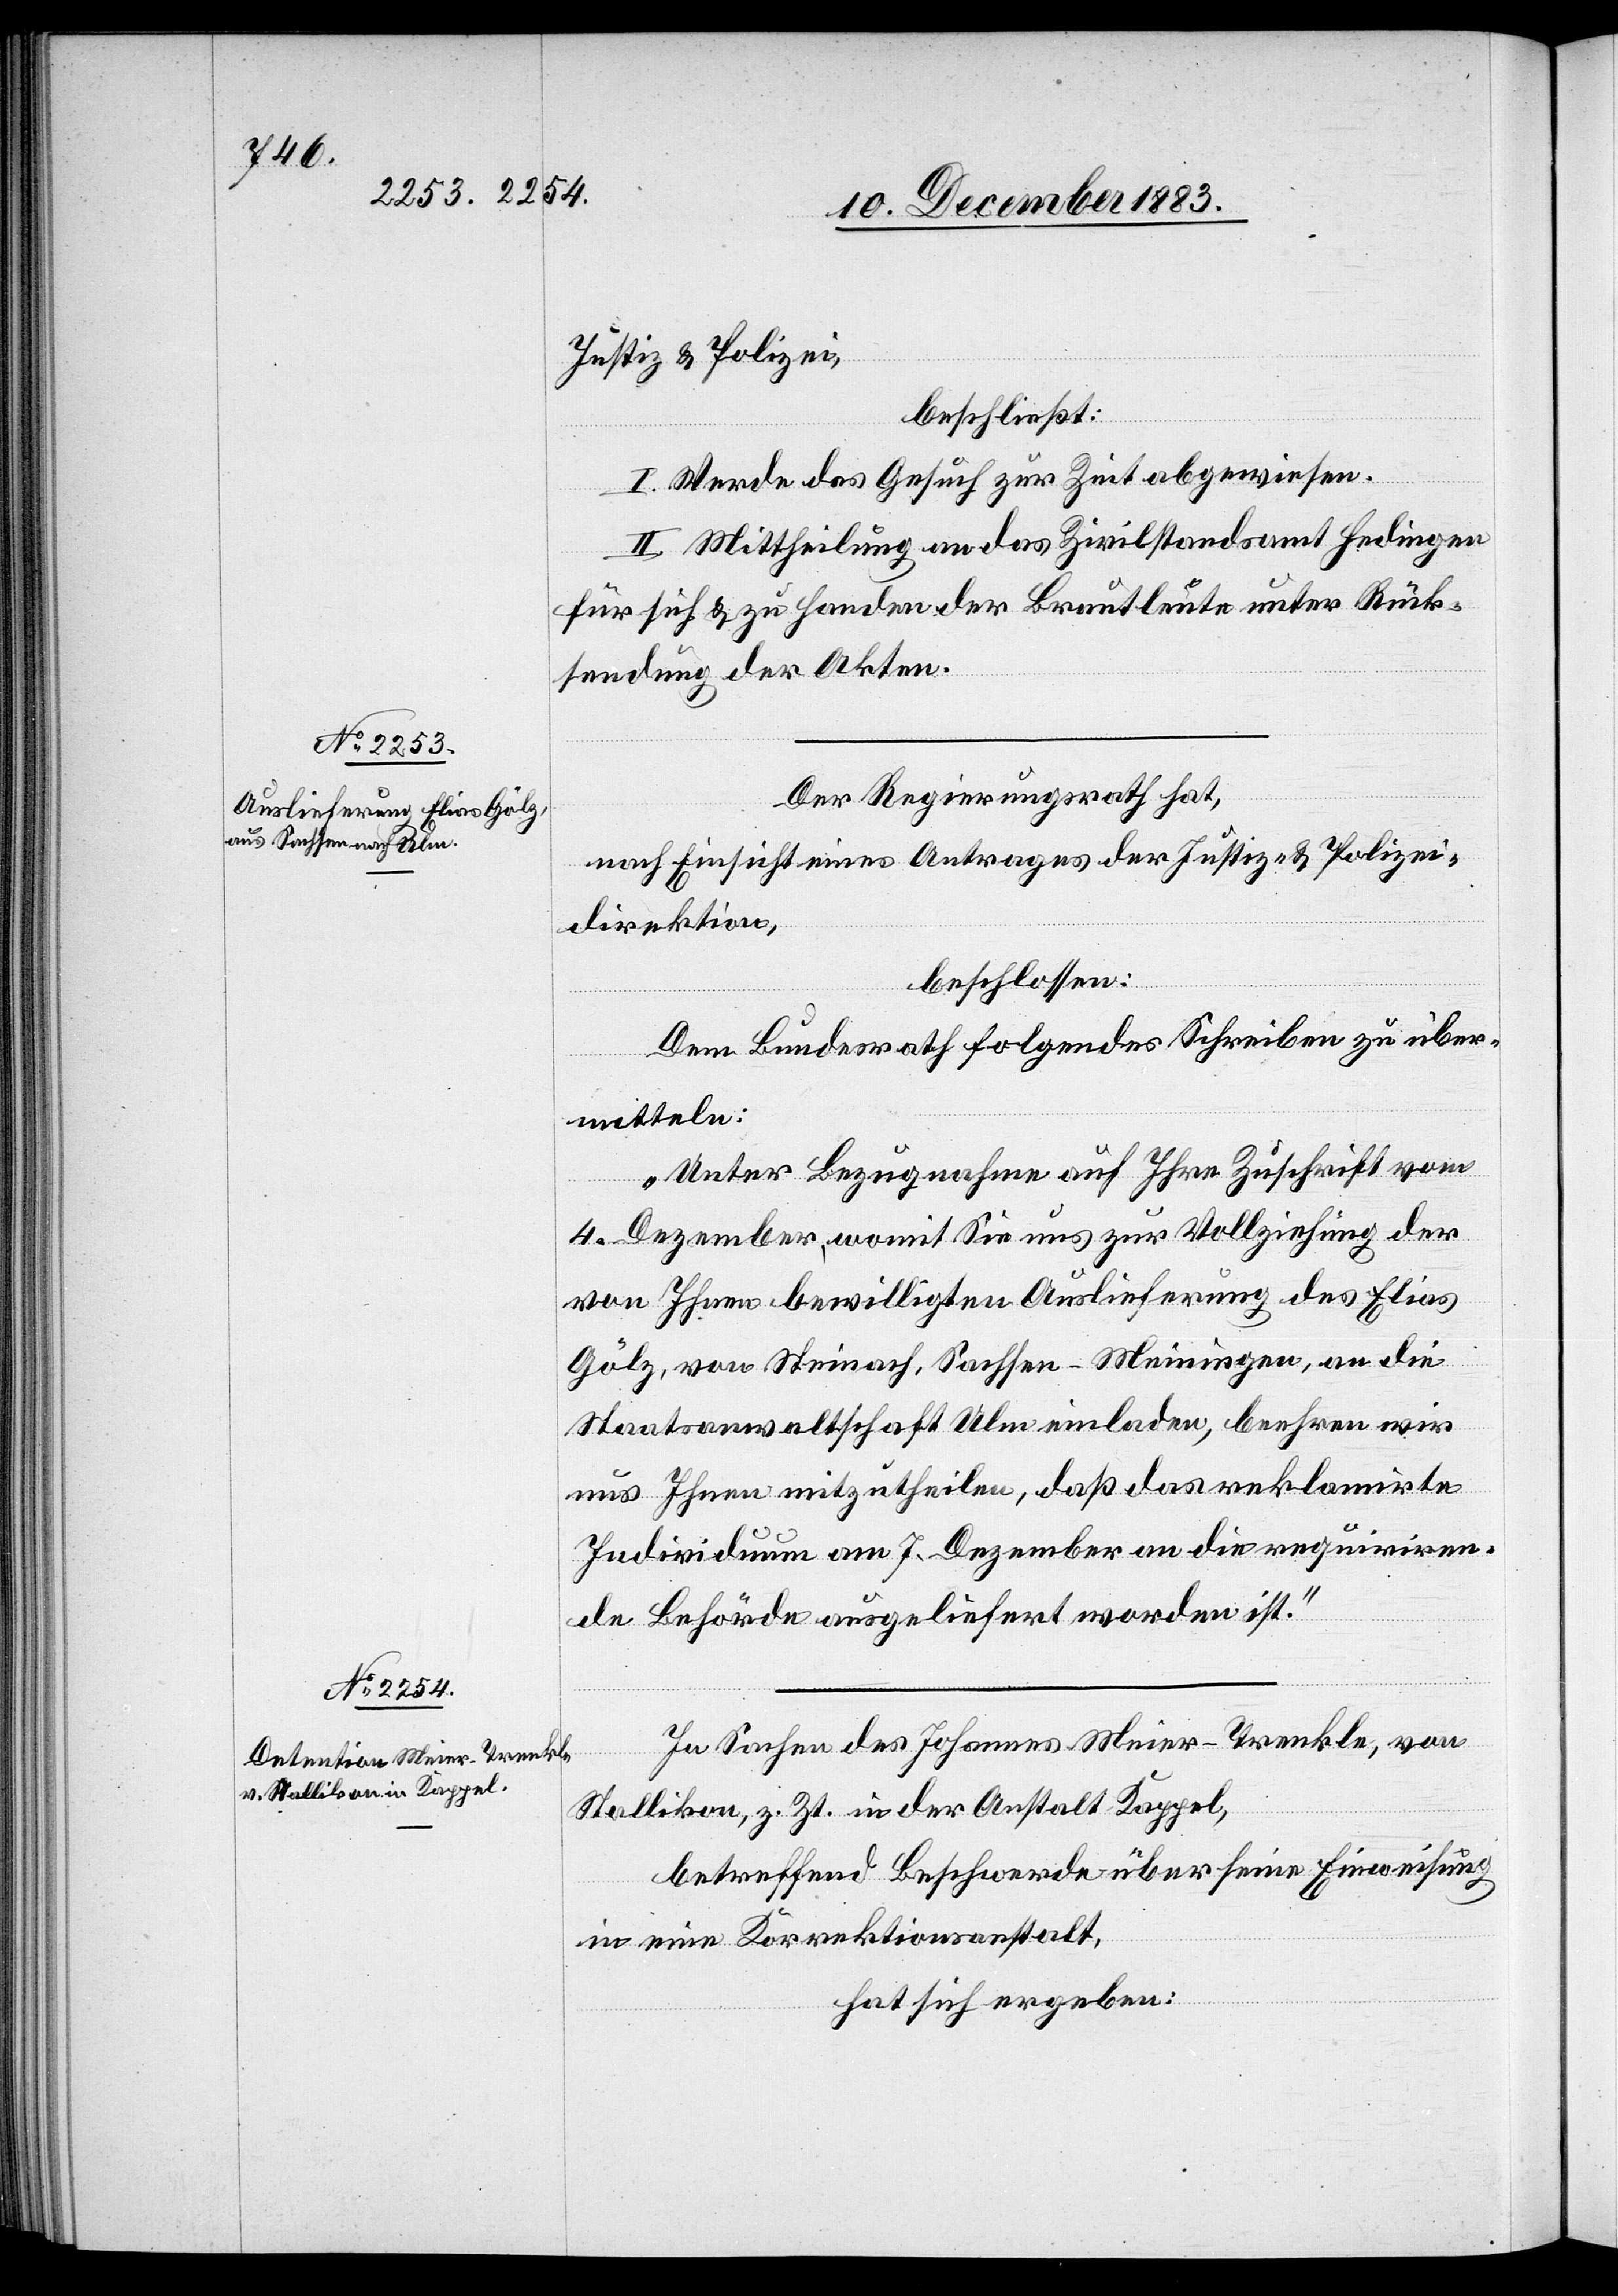
Justiz- & Polizei,
beschließt:
I. Werde das Gesuch zur Zeit abgewiesen.
II. Mittheilung an das Zivilstandsamt Hedingen
für sich & zu Handen der Brautleute unter Rück¬
sendung der Akten.
Der Regierungsrath hat,
nach Einsicht eines Antrages der Justiz- & Polizei¬
direktion,
beschlossen:
Dem Bundesrath folgendes Schreiben zu über¬
mitteln:
„Unter Bezugnahme auf Ihre Zuschrift vom
4. Dezember, womit Sie uns zur Vollziehung der
von Ihnen bewilligten Auslieferung des Elias
Gölz, von Steinach, Sachsen-Meiningen, an die
Staatsanwaltschaft Ulm einladen, beehren wir
uns Ihnen mitzutheilen, daß das reklamirte
Individuum am 7. Dezember an die requiriren¬
de Behörde ausgeliefert worden ist.“
In Sachen des Johannes Meier-Trenkle, von
Stallikon, z. Zt. in der Anstalt Kappel,
betreffend Beschwerde über seine Einweisung
in eine Korrektionsanstalt,
hat sich ergeben: